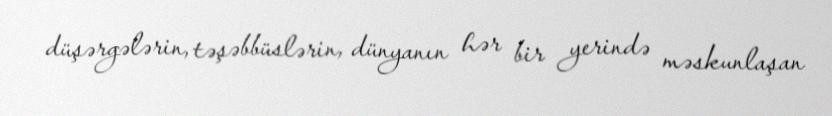
düşərgələrin, təşəbbüslərin, dünyanın hər bir yerində məskunlaşan